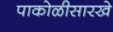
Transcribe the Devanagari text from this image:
पाकोळीसारखे